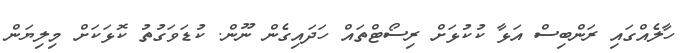
ހާލެއްގައި ރަންބިސް އަޅާ ކުކުޅަށް ރިސޯޓްތައް ހަދައިގެން ނޫން. ކުޑަވަގުތު ކޮޅަކަށް މިލިޔަން